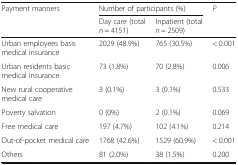
<table><thead><tr><td rowspan="2"><b>Payment manners</b></td><td colspan="2"><b>Number of participants (%)</b></td><td rowspan="2"><b><i>P</i></b></td></tr><tr><td><b>Day care (total <i>n</i> = 4151)</b></td><td><b>Inpatient (total <i>n</i> = 2509)</b></td></tr></thead><tbody><tr><td>Urban employees basis medical insurance</td><td>2029 (48.9%)</td><td>765 (30.5%)</td><td>&lt; 0.001</td></tr><tr><td>Urban residents basic medical insurance</td><td>73 (1.8%)</td><td>70 (2.8%)</td><td>0.006</td></tr><tr><td>New rural cooperative medical care</td><td>3 (0.1%)</td><td>3 (0.1%)</td><td>0.533</td></tr><tr><td>Poverty salvation</td><td>0 (0%)</td><td>2 (0.1%)</td><td>0.069</td></tr><tr><td>Free medical care</td><td>197 (4.7%)</td><td>102 (4.1%)</td><td>0.214</td></tr><tr><td>Out-of-pocket medical care</td><td>1768 (42.6%)</td><td>1529 (60.9%)</td><td>&lt; 0.001</td></tr><tr><td>Others</td><td>81 (2.0%)</td><td>38 (1.5%)</td><td>0.200</td></tr></tbody></table>